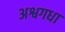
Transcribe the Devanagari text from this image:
अश्वगधा